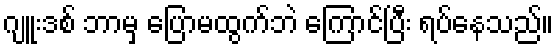
ဂျူးဒစ် ဘာမှ ပြောမထွက်ဘဲ ကြောင်ပြီး ရပ်နေသည်။